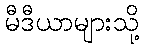
မီဒီယာများသို့